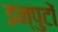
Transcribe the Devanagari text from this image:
इन्पुटों